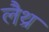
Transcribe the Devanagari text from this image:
लैथ्र